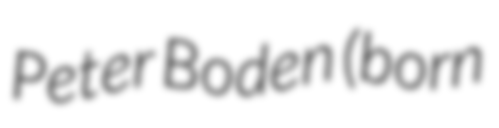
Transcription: Peter Boden (born